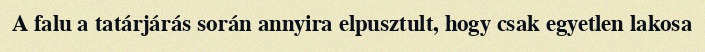
A falu a tatárjárás során annyira elpusztult, hogy csak egyetlen lakosa